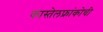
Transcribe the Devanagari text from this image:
कास्तेलफ्रांकोची